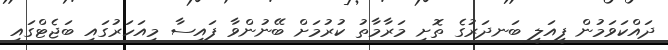
ދައްކަވަމުން ފީއަލީ ބަނދަރުގެ ތޮށި މަރާމާތު ކުރުމަށް ބޭނުންވާ ފައިސާ މިއަހަރުގައި ބަޖެޓްގައި